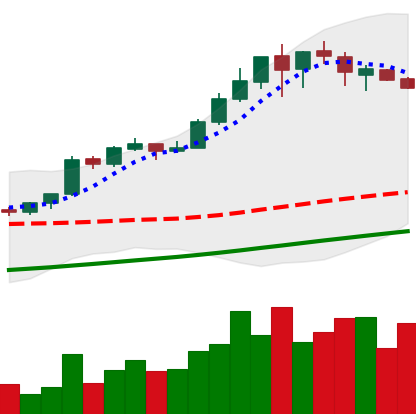
Ticker: BTC-USD
Chart end date: 2017-08-21
Forward return: 8.763%
Label: up_7plus